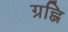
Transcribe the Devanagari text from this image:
ग्रह्णि